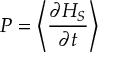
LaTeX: P = \left\langle { \frac { \partial H _ { S } } { \partial t } } \right\rangle